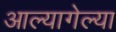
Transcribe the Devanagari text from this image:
आल्यागेल्या